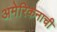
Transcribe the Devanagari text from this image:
अमेरिकनाची